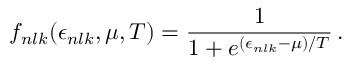
f _ { n l k } ( \epsilon _ { n l k } , \mu , T ) = \frac { 1 } { 1 + e ^ { ( \epsilon _ { n l k } - \mu ) / T } } \, .